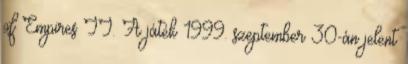
of Empires II. A játék 1999. szeptember 30-án jelent